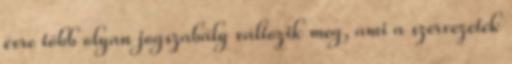
évre több olyan jogszabály változik meg, ami a szervezetek